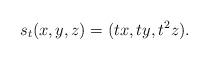
LaTeX: \begin{align*} s_t(x,y,z) = (t x, t y, t^2 z).\end{align*}